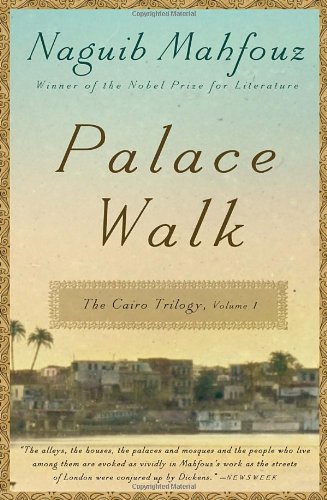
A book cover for Palace Walk: The Cairo Trilogy, Volume 1; Naguib Mahfouz; Literature & Fiction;